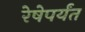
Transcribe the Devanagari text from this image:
रेषेपर्यंत